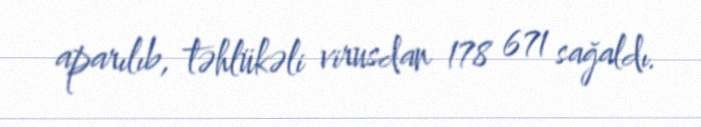
aparılıb, təhlükəli virusdan 178 671 sağaldı.